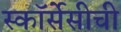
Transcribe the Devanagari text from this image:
स्कॉर्सेसीची